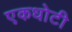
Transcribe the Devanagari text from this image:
एकधोटी